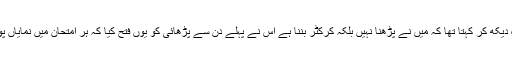
وہ جاذب جو قاعدہ دیکھ کر کہتا تھا کہ مَیں نے پڑھنا نہیں بلکہ کرکٹر بننا ہے اس نے پہلے دن سے پڑھائی کو یوں فتح کیا کہ ہر امتحان میں نمایاں پوزیشن حاصل کی۔